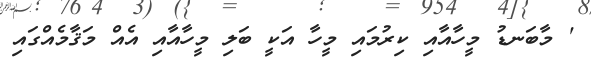
' މާބަނޑު މީހާއާއި ކިރުމައި މީހާ އަކީ ބަލި މީހާއާއި އެއް މަޤާމެއްގައި